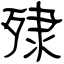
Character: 殔